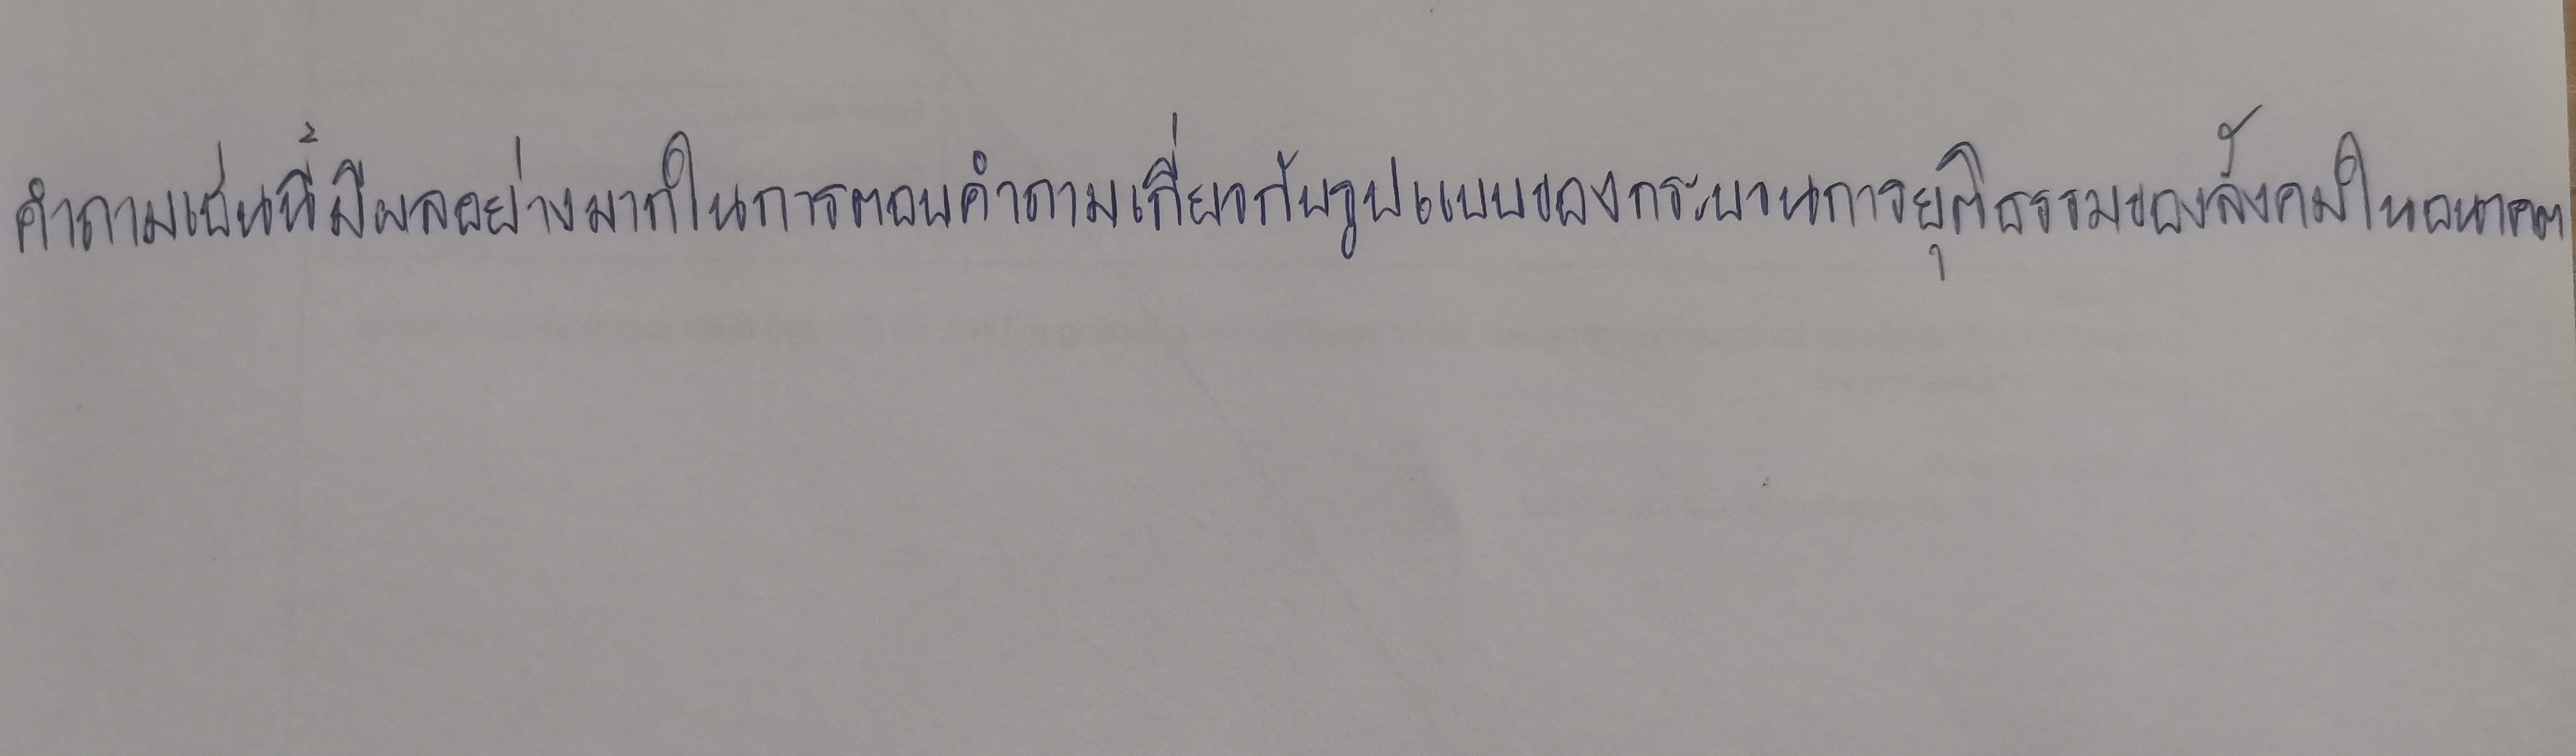
คำถามเช่นนี้มีผลอย่างมากในการตอบคำถามเกี่ยวกับรูปแบบของกระบวนการยุติธรรมของสังคมในอนาคต